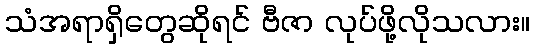
သံအရာရှိတွေဆိုရင် ဗီဇာ လုပ်ဖို့လိုသလား။